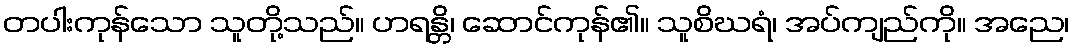
တပါးကုန်သော သူတို့သည်။ ဟရန္တိ၊ ဆောင်ကုန်၏။ သူစိဃရံ၊ အပ်ကျည်ကို။ အညေ၊